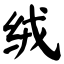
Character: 绒